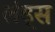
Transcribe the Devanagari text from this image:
लंड्स